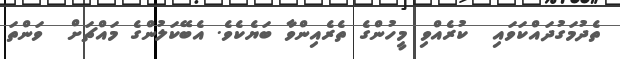
ތެދުމަގުދައްކަވައި  ކުރެއްވި މީހުންގެ ތެރެއިންވާ ބަޔެކެވެ. އެބޭކަލުންގެ މައްޗަށް  ވަންތަ